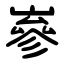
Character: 嵾